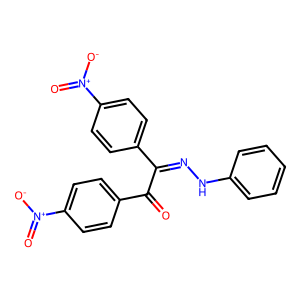
SMILES: O=C(C(=NNc1ccccc1)c1ccc([N+](=O)[O-])cc1)c1ccc([N+](=O)[O-])cc1
Inhibits HIV replication: No